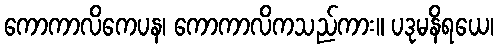
ကောကာလိကေပန၊ ကောကာလိကသည်ကား။ ပဒုမနိရယေ၊